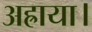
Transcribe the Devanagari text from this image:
अह्राया।